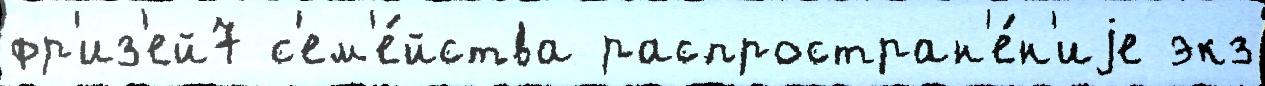
фр'из'ей7 с'ем'е́йства распростран'е́н'иjе экз